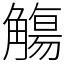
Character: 觴